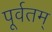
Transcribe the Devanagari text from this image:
पूर्वतम्